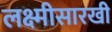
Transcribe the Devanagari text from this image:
लक्ष्मीसारखी